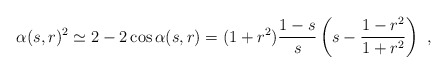
\begin{align*} \alpha(s,r)^2\simeq 2-2\cos\alpha(s,r)=(1+r^2)\frac{1-s}{s}\left(s-\frac{1-r^2}{1+r^2}\right)\ ,\end{align*}